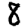
Digit: 8